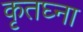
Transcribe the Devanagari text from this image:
कृतघ्ना